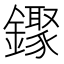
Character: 𬬒